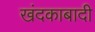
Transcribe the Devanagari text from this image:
खंदकाबादी